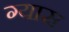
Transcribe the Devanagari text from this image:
ग्यास